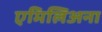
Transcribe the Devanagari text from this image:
एमिलिअना